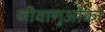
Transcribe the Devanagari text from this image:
जीवाणुओंको